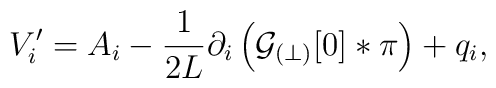
V^\prime_i = {A}_i - \frac{1}{2L}  \partial_i \left({\cal G}_{(\perp)}[0] \ast \pi\right) + q_{i},